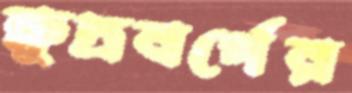
ক্ষুদ্রবর্গের